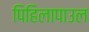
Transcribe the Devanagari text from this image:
पिहिलापाउल